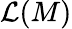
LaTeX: {\mathcal{L}}(M)